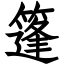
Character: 篷